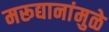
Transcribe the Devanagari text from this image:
मरूद्यानांमुळे